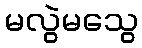
မလွဲမသွေ